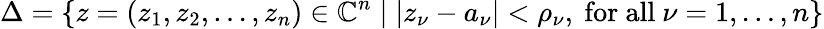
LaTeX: \Delta=\{ z=(z_{1},z_{2},\dots,z_{n})\in{\mathbb{C}}^{n}\mid|z_{\nu}-a_{\nu}|<\rho_{\nu},{\mathrm{~for~all~}}\nu=1,\dots,n\}